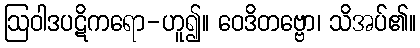
ဩဝါဒပဋိကရော-ဟူ၍။ ဝေဒိတဗ္ဗော၊ သိအပ်၏။